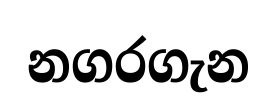
නගරගැන